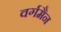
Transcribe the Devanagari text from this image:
वर्गमैन